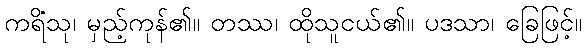
ကရိံသု၊ မှည့်ကုန်၏။ တဿ၊ ထိုသူငယ်၏။ ပဒသာ၊ ခြေဖြင့်။